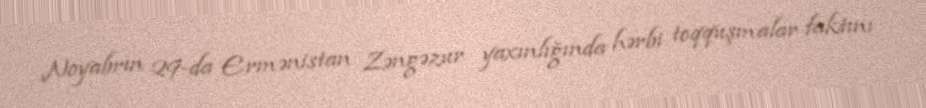
Noyabrın 29-da Ermənistan Zəngəzur yaxınlığında hərbi toqquşmalar faktını